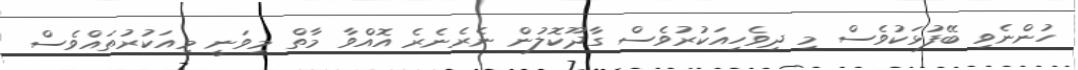
ހުންނެވި ބޭފުޅަކުވެސް މި ދިވެހިއަކުރުވެސް ގާދޫކޮލުން ނެރެނެރެ އޮއްވާ މާތް މިވަނީ މިއަކުރުތައްވެސް